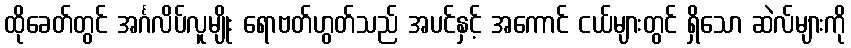
ထိုခေတ်တွင် အင်္ဂလိပ်လူမျိုး ရောဗတ်ဟွတ်သည် အပင်နှင့် အကောင် ငယ်များတွင် ရှိသော ဆဲလ်များကို